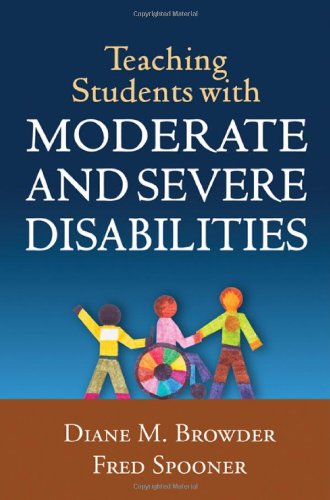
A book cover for Teaching Students with Moderate and Severe Disabilities; Diane M. Browder PhD; Health, Fitness & Dieting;